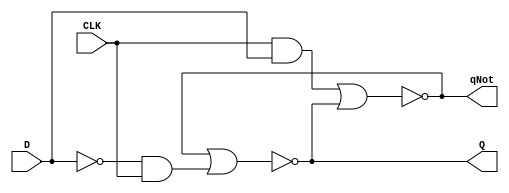
// Copyright (C) 2021  Intel Corporation. All rights reserved.
// Your use of Intel Corporation's design tools, logic functions 
// and other software and tools, and any partner logic 
// functions, and any output files from any of the foregoing 
// (including device programming or simulation files), and any 
// associated documentation or information are expressly subject 
// to the terms and conditions of the Intel Program License 
// Subscription Agreement, the Intel Quartus Prime License Agreement,
// the Intel FPGA IP License Agreement, or other applicable license
// agreement, including, without limitation, that your use is for
// the sole purpose of programming logic devices manufactured by
// Intel and sold by Intel or its authorized distributors.  Please
// refer to the applicable agreement for further details, at
// https://fpgasoftware.intel.com/eula.

// PROGRAM		"Quartus Prime"
// VERSION		"Version 21.1.0 Build 842 10/21/2021 SJ Lite Edition"
// CREATED		"Wed Mar 16 03:25:29 2022"

module NoEdgeDFF(
	D,
	CLK,
	Q,
	qNot
);


input wire	D;
input wire	CLK;
output wire	Q;
output wire	qNot;

wire	SYNTHESIZED_WIRE_0;
wire	SYNTHESIZED_WIRE_1;
wire	SYNTHESIZED_WIRE_2;
wire	SYNTHESIZED_WIRE_3;
wire	SYNTHESIZED_WIRE_4;

assign	Q = SYNTHESIZED_WIRE_4;
assign	qNot = SYNTHESIZED_WIRE_1;



assign	SYNTHESIZED_WIRE_0 =  ~D;

assign	SYNTHESIZED_WIRE_2 = SYNTHESIZED_WIRE_0 & CLK;

assign	SYNTHESIZED_WIRE_3 = CLK & D;

assign	SYNTHESIZED_WIRE_4 = ~(SYNTHESIZED_WIRE_1 | SYNTHESIZED_WIRE_2);

assign	SYNTHESIZED_WIRE_1 = ~(SYNTHESIZED_WIRE_3 | SYNTHESIZED_WIRE_4);


endmodule